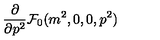
\frac { \partial } { \partial p ^ { 2 } } { \cal { F } } _ { 0 } ( m ^ { 2 } , 0 , 0 , p ^ { 2 } )